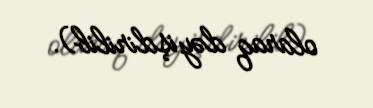
olaraq dəyişdirilib).